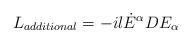
LaTeX: \begin{align*}L_{additional}=-il{\dot{E}}^{\alpha}DE_{\alpha}\end{align*}